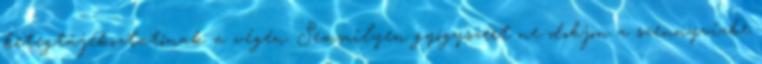
betegtájékoztatónak a végén. Semmilyen gyógyszert ne dobjon a szennyvízbe